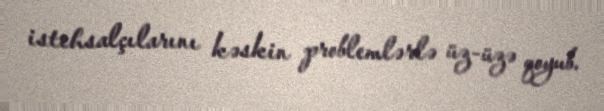
istehsalçılarını kəskin problemlərlə üz-üzə qoyub.